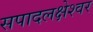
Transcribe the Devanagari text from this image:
सपादलक्षेश्वर